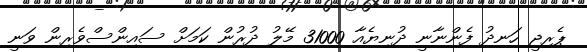
ޕެރިޖީ ހަނދު ފެންނާނީ ދުނިޔެއާ 31000 މޭލު ދުރުން ކަމަށް ސައިންސްވެރިން ވަނީ